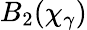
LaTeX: B_{2}(\chi_{\gamma})